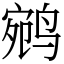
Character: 鹓